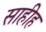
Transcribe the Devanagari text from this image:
साहीह